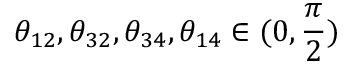
{ \theta } _ { 1 2 } , { \theta } _ { 3 2 } , { \theta } _ { 3 4 } , { \theta } _ { 1 4 } \in ( 0 , \frac { \pi } { 2 } )